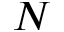
N